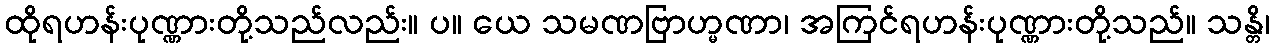
ထိုရဟန်းပုဏ္ဏားတို့သည်လည်း။ ပ။ ယေ သမဏဗြာဟ္မဏာ၊ အကြင်ရဟန်းပုဏ္ဏားတို့သည်။ သန္တိ၊